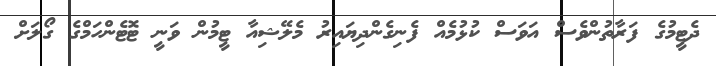
ދެޓީމުގެ ފަރާތުންވެސް އަވަސް ކުޅުމެއް ފެނިގެންދިޔައިރު މެލޭޝިއާ ޓީމުން ވަނީ ޓޮޓެންހަމްގެ ގޯލަށް